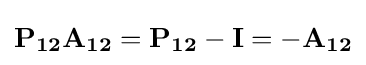
\mathbf {P_{12}A_{12}} =\mathbf {P_{12}} -\mathbf {I} =-\mathbf {A_{12}}